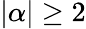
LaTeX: |\alpha|\geq 2